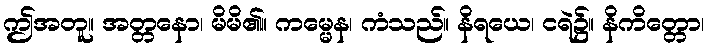
ဤအတူ။ အတ္တနော၊ မိမိ၏။ ကမ္မေန၊ ကံသည်။ နိရယေ၊ ငရဲ၌။ နိကိတ္တော၊